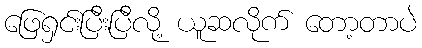
ဖြေရှင်းပြီးပြီလို့ ယူဆလိုက် တော့တာပဲ